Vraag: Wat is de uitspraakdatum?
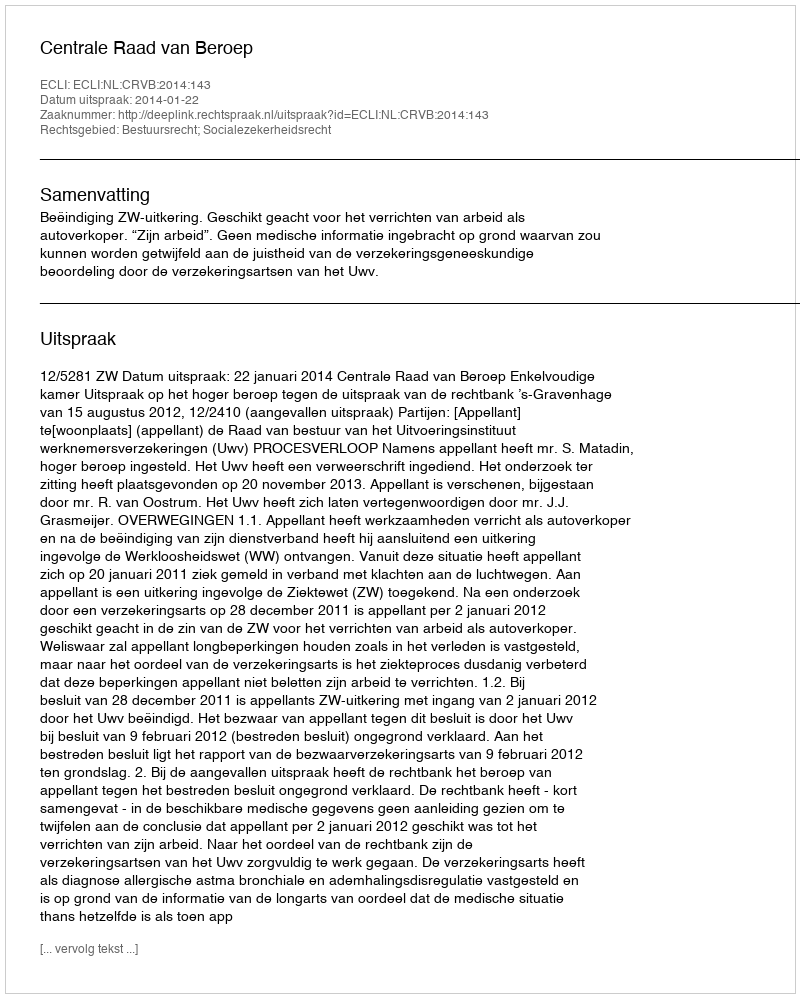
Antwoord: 2014-01-22